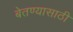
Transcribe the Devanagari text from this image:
बेतण्यासाठी